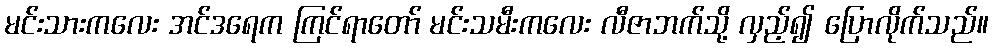
မင်းသားကလေး အင်ဒရေက ကြင်ရာတော် မင်းသမီးကလေး လီဇာဘက်သို့ လှည့်၍ ပြောလိုက်သည်။